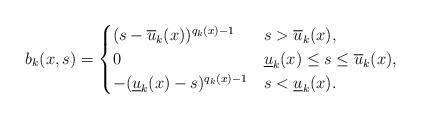
LaTeX: \begin{align*}b_k(x,s)=\begin{cases}(s-\overline{u}_k(x))^{q_k(x)-1}&s>\overline{u}_k(x),\\0 &\underline{u}_k(x)\leq s\leq \overline{u}_k(x),\\-(\underline{u}_k(x)-s)^{q_k(x)-1}&s<\underline{u}_k(x).\end{cases}\end{align*}